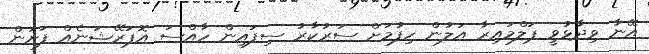
އޭނާ ވިދާޅުވީ ޕަލްމައިރާ އަލުން ހިފުމަށް ސަރުކާރު ސިފައިން ހާއްސަ އޮޕަރޭޝަނެއް ފަށަން